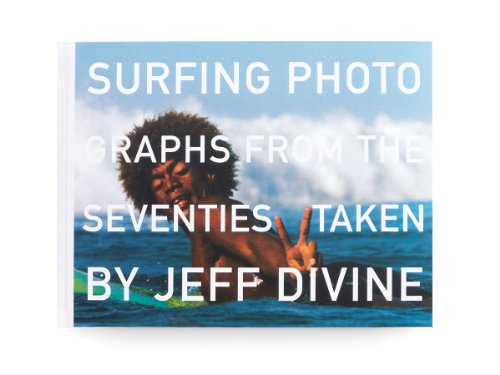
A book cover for Surfing Photographs from the Seventies Taken by Jeff Divine; Scott Hulet; Arts & Photography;